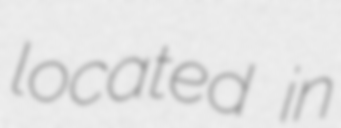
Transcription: located in